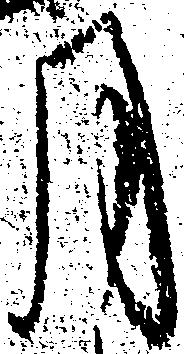
月